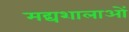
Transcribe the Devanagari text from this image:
मद्यशालाओं